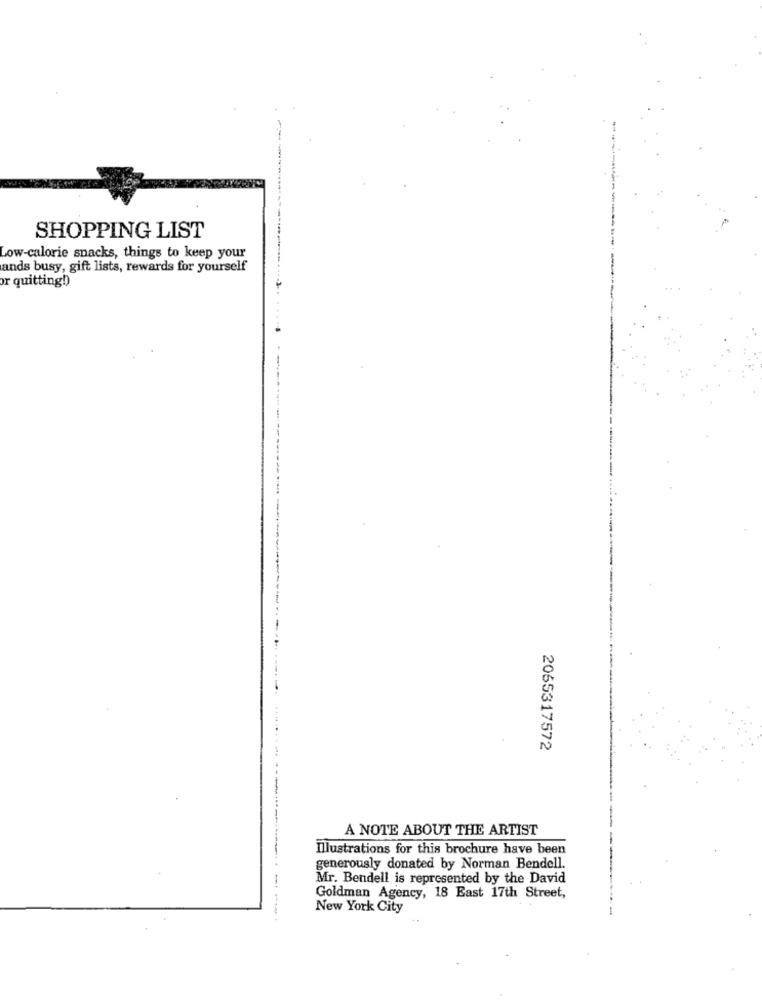
SHOPPING LIST
Low-calorie snacks, things to keep your
ands busy, gift lists, rewards for yourself
or quitting!)
2065317572
A NOTE ABOUT THE ARTIST
Illustrations for this brochure have been
generously donated by Norman Bendell.
Mr. Bendell is represented by the David
Goldman Agency, 18 East 17th Street,
New York City
.......... .................... - --.. .